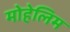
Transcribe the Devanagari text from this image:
मोहेलिम